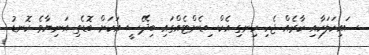
ސައިކަލަކާއި ކާރެއް ޖެހި ހިނގި އެކްސިޑެންޓެއްގައި ބިދޭސީ އަކަށް ބޮޑެތި އަނިޔާވެ ކޮނޑު